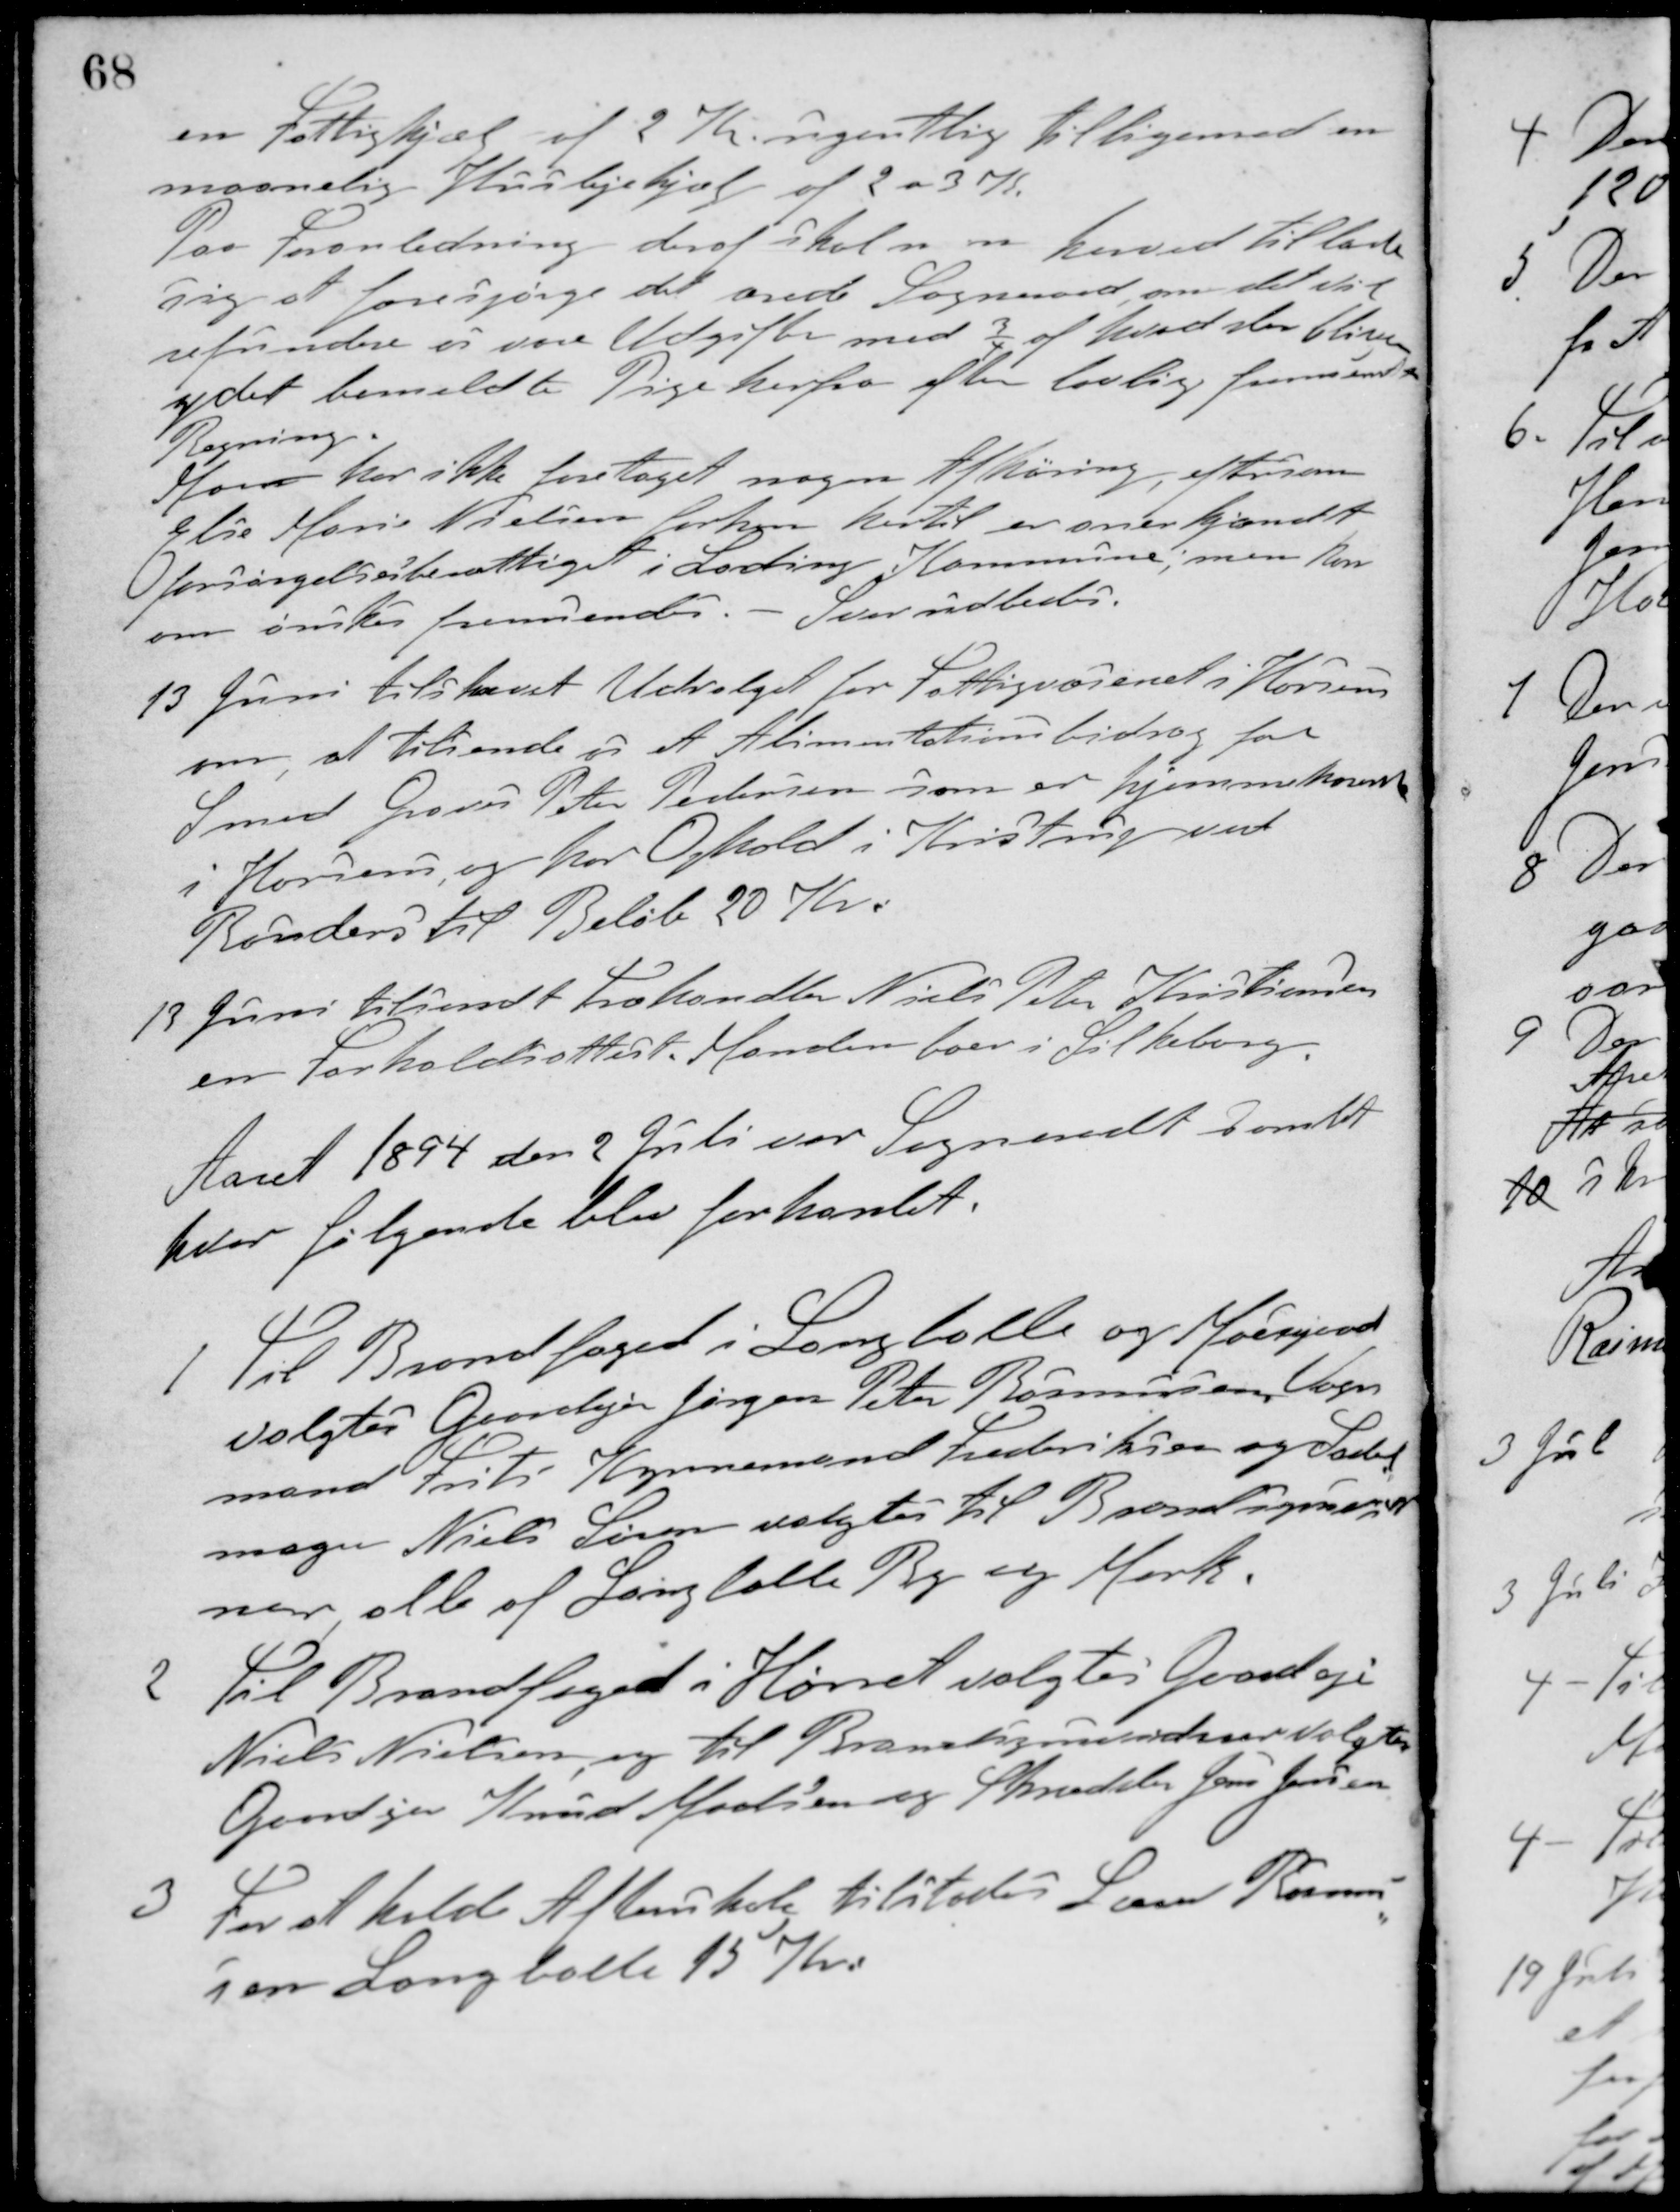
Transskription:
en Fattighjælp af 2 Kr ugentlig tilligemed en
maanedlig Huslejehjælp af 2 a 3 K.
Paa Foranledning deraf skal man herved tillade
sig at forespørge det ærede Sogneraad om det vil
refundere os vore Udgifter med 3/4 af hvad der bliver
ydet bemeldte Pige herfra efter lovlig fremsendt
Regning.
Man har ikke foretaget nogen Afhøring, eftersom
Else Marie Nielsen forhen hertil er anerkjendt
forsørgelsesberettiget i Lading Kommune, men kan
om ønskes fremsendes. Svar udbedes.
13 Juni tilskrevet Udvalget for Fattigvæsenet i Horsens
om, at tilsende os et Alimentationsbidrag for
Smed Graver Peter Pedersen som er hjemmehørende
i Horsens og har Ophold i Kristrup ved
Randers til Beløb 20 Kr.
13. Juni tilsendt Træhandler Niels Peter Kristiansen
en Forholdsattest. Manden boer i Silkeborg.
Aaret 1894 den 2 Juli var Sogneraadet samlet
hvor følgende blev forhandlet.
1 Til Brandfoged i Langballe og Moesgaard
valgtes Gaardejer Jørgen Peter Rasmussen, Vogn-
mand Frits Kynnemand Frederiksen og Sadel-
mager Niels Søren valgtes til Brandsynsvid-
ner, alle af Langballe By og Mark.
2 Til Brandfoged i Hørret valgtes Gaardejer
Niels Nielsen og til Brandsynsvidner valgtes
Gaardejer Knud Madsen og Skrædder Jens Jensen
3 For at holde Aftenskole tilstodes Lærer Rasmus-
sen Langballe 15 Kr.